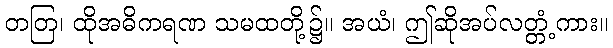
တတြ၊ ထိုအဓိကရဏ သမထတို့၌။ အယံ၊ ဤဆိုအပ်လတ္တံ့ကား။